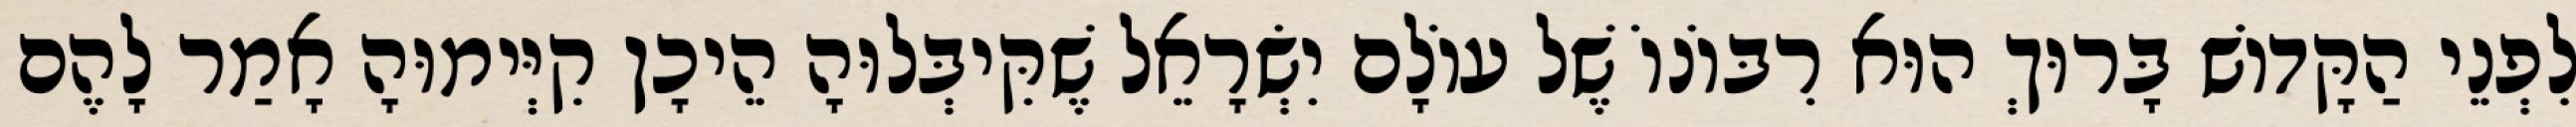
לִפְנֵי הַקָּדוֹשׁ בָּרוּךְ הוּא רִבּוֹנוֹ שֶׁל עוֹלָם יִשְׂרָאֵל שֶׁקִּיבְּלוּהָ הֵיכָן קִיְּימוּהָ אָמַר לָהֶם